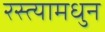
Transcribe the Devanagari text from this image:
रस्त्यामधुन